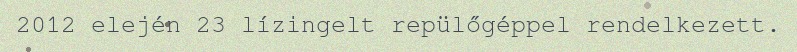
2012 elején 23 lízingelt repülőgéppel rendelkezett.